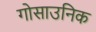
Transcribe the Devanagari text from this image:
गोसाउनिक